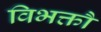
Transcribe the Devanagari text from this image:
विभक्तौ